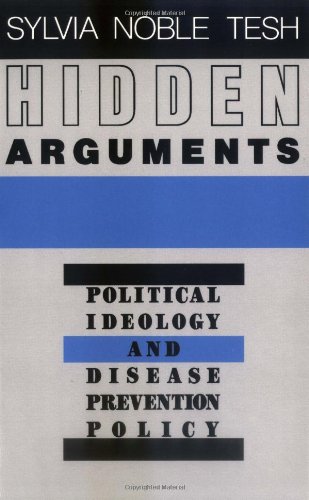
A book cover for Hidden Arguments: Political Ideology and Disease Prevention Policy; Professor Sylvia Noble Tesh; Medical Books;